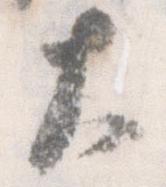
大